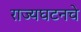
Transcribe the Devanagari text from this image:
राज्यघटनचे